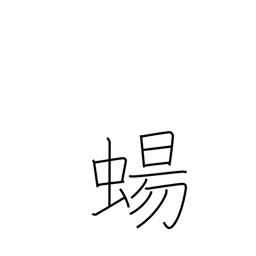
Meaning: lizard